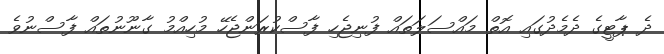
ދެ ޕާޓީގެ ދެމެދުގައި އޮތް މައްސަލަތައް ފުނިޖެހި ފާސްކުރަންޖެހޭ މުހިއްމު ގާނޫނުތައް ފާސްނުވެ